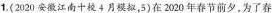
1.(2020安江南十校4月模拟，5)在2020年春节前夕，为了春